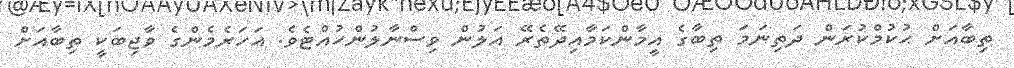
ތިބާއަށް ޙުކުމްކުރަން ދަތިނަމަ ތިބާގެ އީމާންކަމާއިދޭތެރޭ އަލުން ވިސްނާލުންހުއްޓެވެ. އަހަރެމެންގެ ވާޖިބަކީ ތިބާއަށް